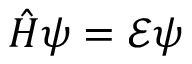
{ \hat { H } } \psi = { \mathcal { E } } \psi